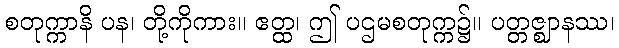
စတုက္ကာနိ ပန၊ တို့ကိုကား။ ဧတ္ထ၊ ဤ ပဌမစတုက္က၌။ ပတ္တဇ္ဈာနဿ၊